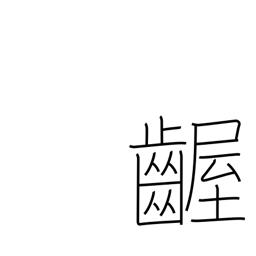
Meaning: fretful